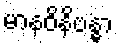
မာနဝိနိဗန္ဓာ